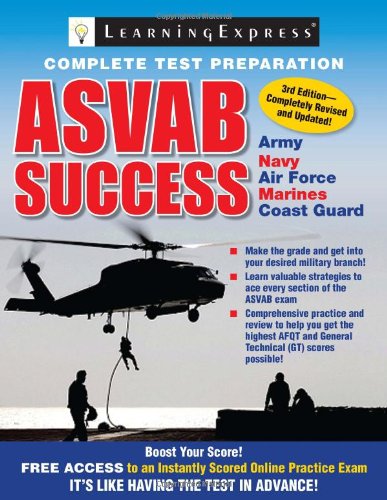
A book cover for ASVAB Success; Learning Express Editors; Test Preparation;